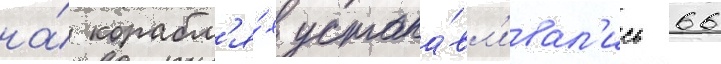
на́ корабл'я́х устана́вл'ивал'ись 66